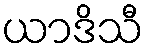
ယာဒိသီ